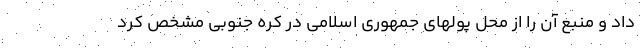
داد و منبع آن را از محل پولهای جمهوری اسلامی در کره جنوبی مشخص کرد